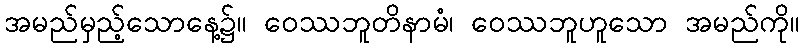
အမည်မှည့်သောနေ့၌။ ဝေဿဘူတိနာမံ၊ ဝေဿဘူဟူသော အမည်ကို။